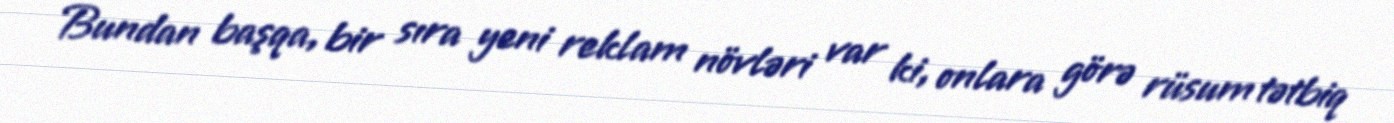
Bundan başqa, bir sıra yeni reklam növləri var ki, onlara görə rüsum tətbiq